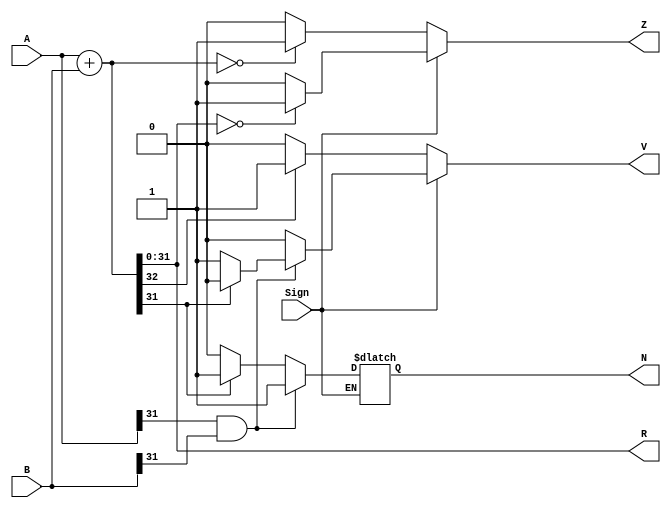
module Adder(A,B,Sign,R,Z,V,N);
	input [31:0] A,B;
	input Sign;
	output reg [31:0] R;
	output reg Z,V,N;

	reg [32:0] temp;

	always @(*)
	begin
		temp <= A + B;
		R <= temp[31:0];
		if(Sign)              //
		begin
		    if(R==0)
			begin
			    Z<=1;
			end
			
			else
			begin
			    Z<=0;
			end	
			
			if(A[31]==0&&B[31]==0)
			begin
				N <= 0;
				if(temp[31]==1)        //
				begin
					V <= 1;
				end
				
				else
				begin
				    V<=0;
				end
			end
			if(A[31]==1&&B[31]==1)
			begin
				N <= 1;
				if(temp[31]==0)        //
				begin
					V <= 1;
				end
				
				else
				begin
				    V<=0;
				end
			end
			else begin                 //
			    V<=0;
				if(temp[31]==0)
				begin
					N <= 0;		
				end	
				
				else begin
					N <= 1;
				end
			end
		end
		else begin                    //
			if(temp[32]==1)           //
			begin
				V <= 1; 				
			end
			
			else
			begin
			    V<=0;
			end
			if(temp==0)
			begin
			    Z<=1;
		    end
			
			else
			begin
			    Z<=0;
			end
			
		end
	end
endmodule